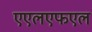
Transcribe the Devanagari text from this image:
एएलएफएल